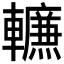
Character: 𰹪